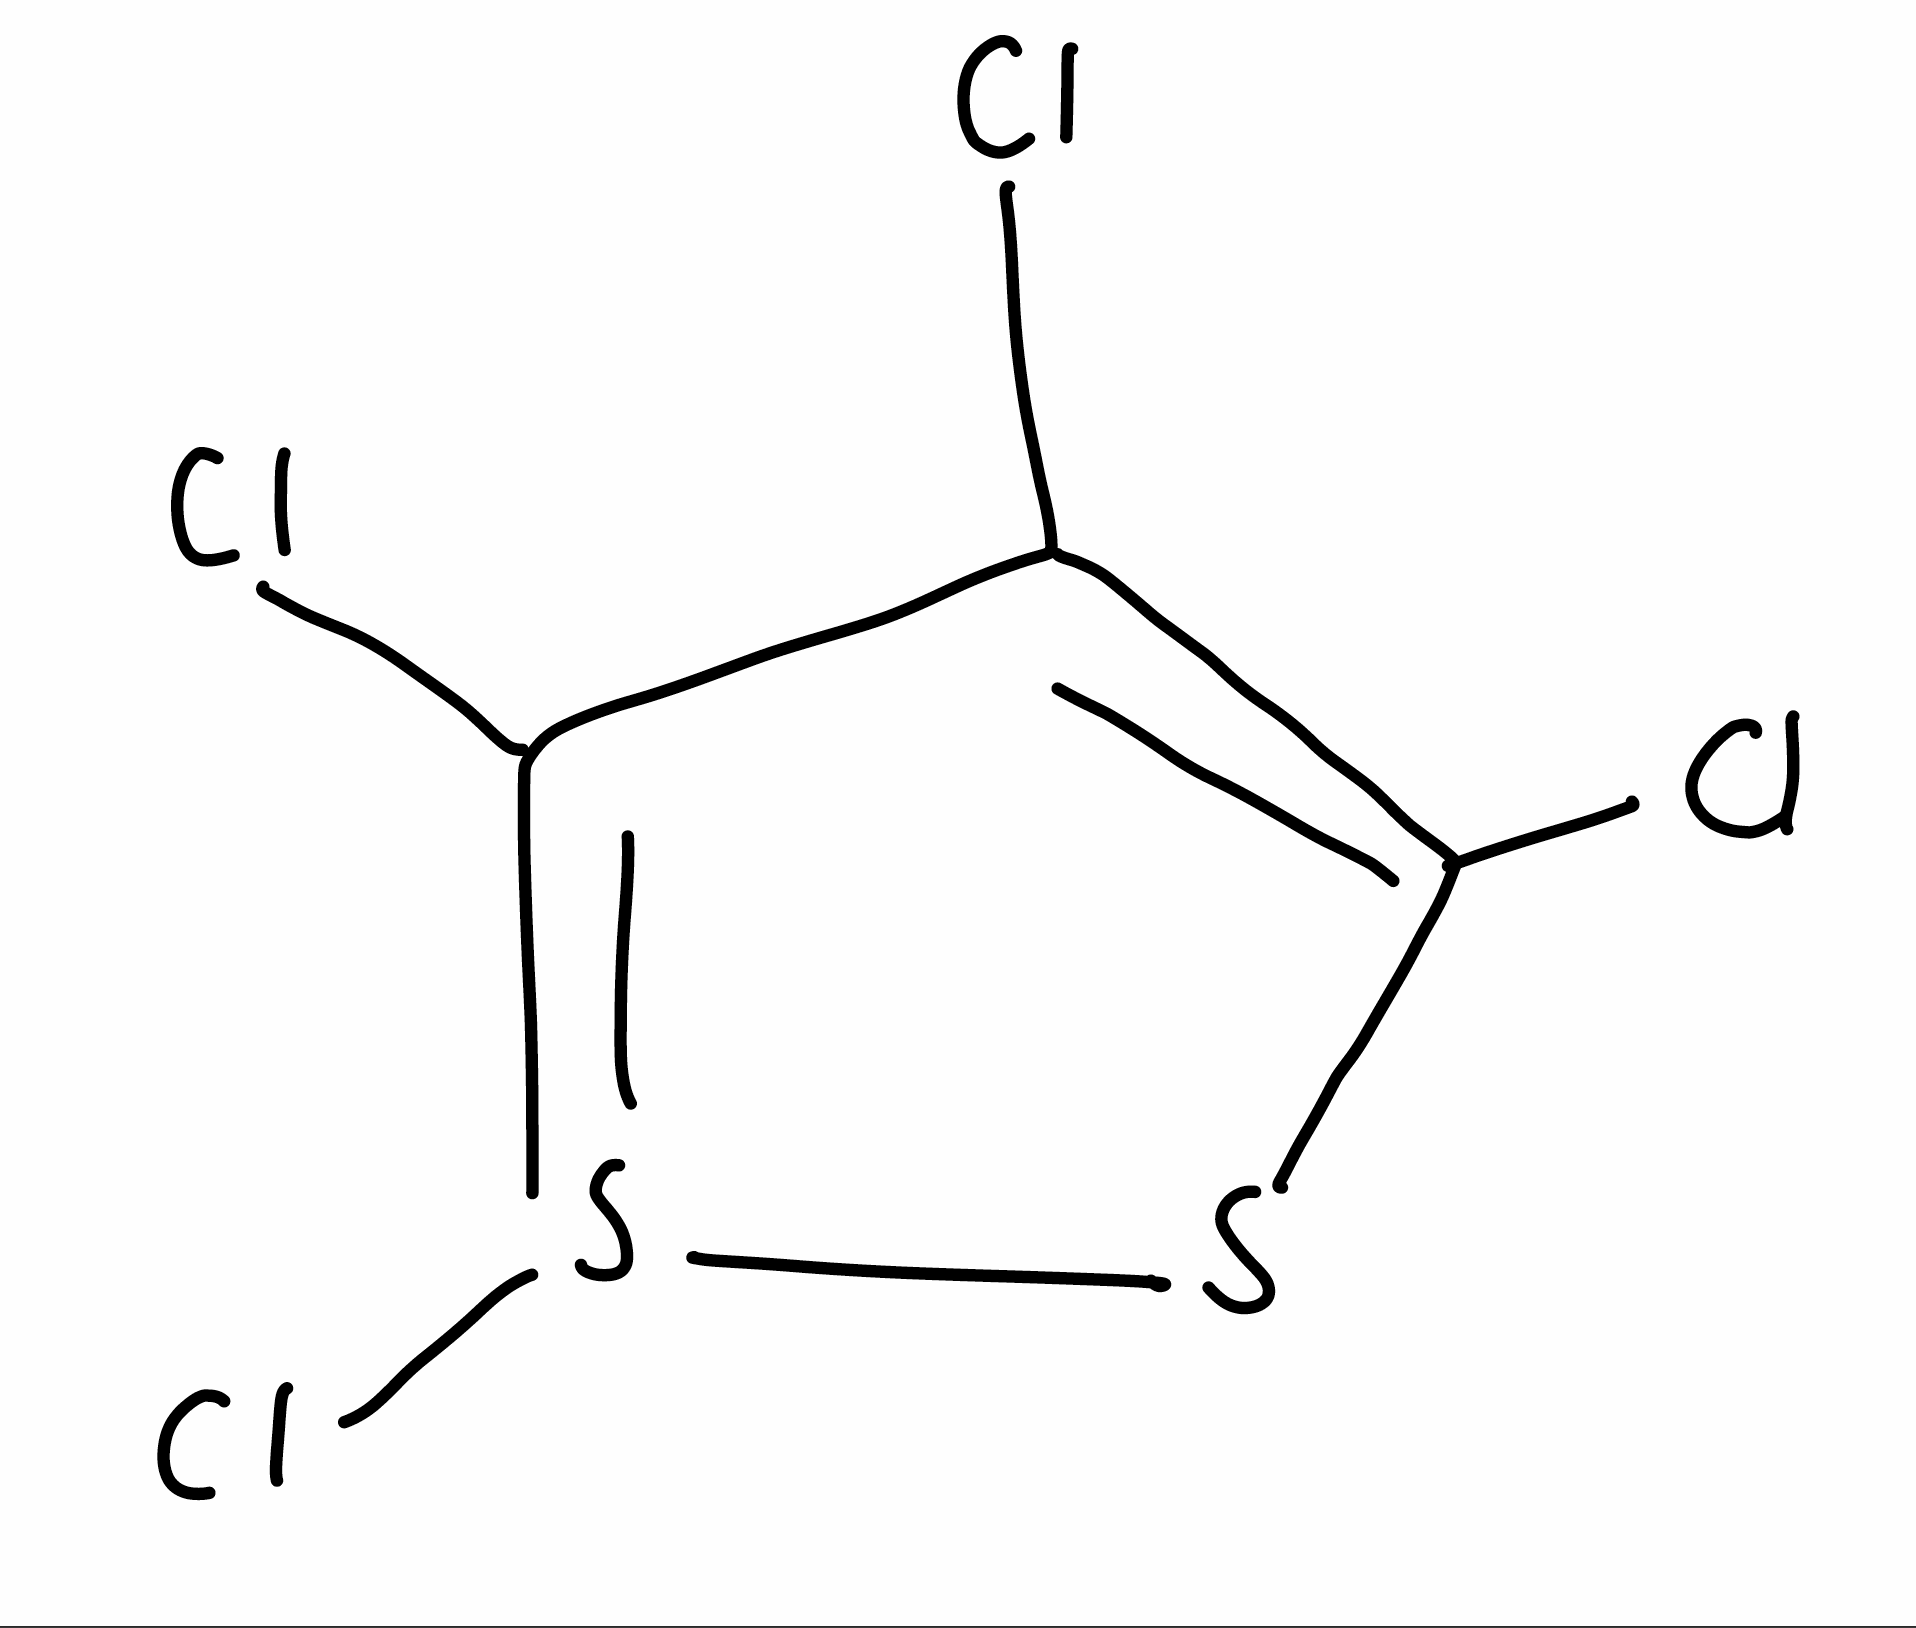
Simplified molecular-input line-entry system (SMILES) notation of the given molecule:
C1(=C(SS(=C1Cl)Cl)Cl)Cl